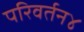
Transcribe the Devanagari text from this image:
परिवर्तन४